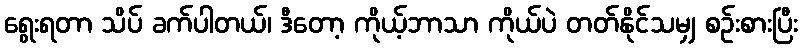
ရွေးရတာ သိပ် ခက်ပါတယ်၊ ဒီတော့ ကိုယ့်ဘာသာ ကိုယ်ပဲ တတ်နိုင်သမျှ စဉ်းစားပြီး